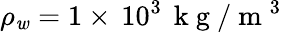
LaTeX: \rho_{\mathit{w}}=1\times\, 10^{3}\, \mathrm{{~k~g~}}/\mathrm{{~m~}}^{3}